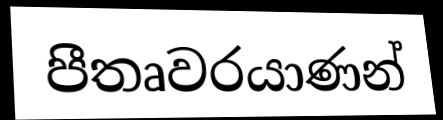
පීතෘවරයාණන්